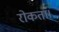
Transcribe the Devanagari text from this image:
रोकता।